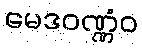
မေဒဝဏ္ဏံဝ